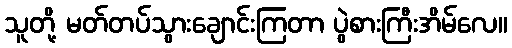
သူတို့ မတ်တပ်သွားချောင်းကြတာ ပွဲစားကြီးအိမ်လေ။